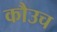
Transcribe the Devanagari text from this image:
कौउच